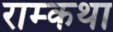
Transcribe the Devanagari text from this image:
राम्कथा